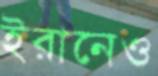
ইরানেও